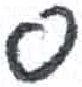
אות: ס